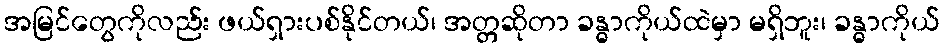
အမြင်တွေကိုလည်း ဖယ်ရှားပစ်နိုင်တယ်၊ အတ္တဆိုတာ ခန္ဓာကိုယ်ထဲမှာ မရှိဘူး၊ ခန္ဓာကိုယ်